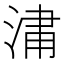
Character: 𣷈